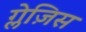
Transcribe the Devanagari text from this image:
ग्लेज़िस